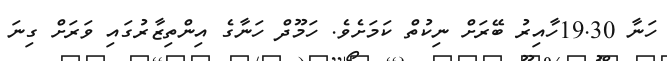
ހަނާ 19.30ހާއިރު ބޭރަށް ނިކުތް ކަމަށެވެ. ހަމޫދް ހަނާގެ އިންތިޒާރުގައި ވަރަށް ގިނަ